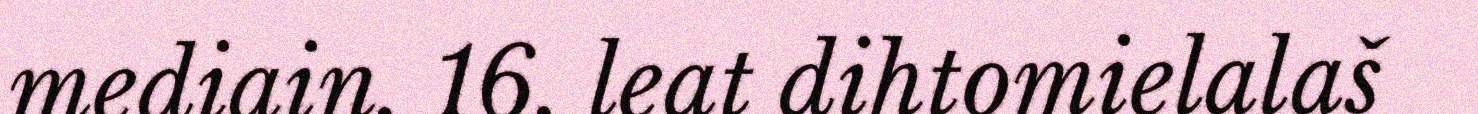
mediain. 16. leat dihtomielalaš